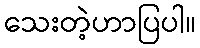
သေးတဲ့ဟာပြပါ။